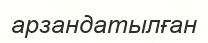
арзандатылған